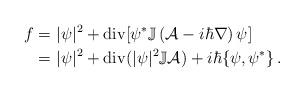
LaTeX: \begin{align*}f=&\ |\psi|^2+\operatorname{div}\!\left[\psi^*\Bbb{J}\left({\mathcal{A}}-i\hbar\nabla\right)\psi\right]\\=&\ |\psi|^2+\operatorname{div}(|\psi|^2\Bbb{J}{\mathcal{A}})+i\hbar\{\psi,\psi^*\}\,.\end{align*}